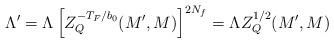
LaTeX: \begin{align*}\Lambda' = \Lambda \left[ Z_Q^{- T_F/b_0}(M', M)\right]^{2 N_f} = \Lambda Z_Q^{1/2}(M', M)\end{align*}